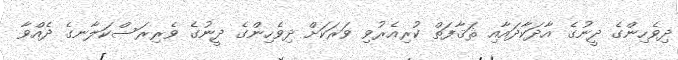
ދިވެހިންގެ ދީނުގެ އާދަކާދައާއި ޘަޤާފަތް ކުރިއެރުވި ވަރަކަށް ދިވެހިންގެ ދީނުގެ ވެރިރަސްކަލާނގެ ދެއްވާ